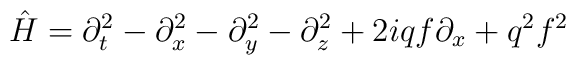
{\hat H}= \partial_t^2 -\partial_x^2 -\partial_y^2-\partial_z^2+2iqf\partial_x +q^2f^2